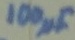
Text: 100µF